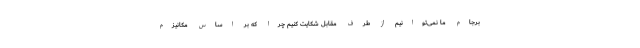
برجام ما نمی‌توانیم از طرف مقابل شکایت کنیم چرا که بر اساس مکانیزم